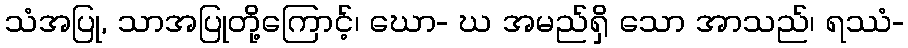
သံအပြု, သာအပြုတို့ကြောင့်၊ ဃော- ဃ အမည်ရှိ သော အာသည်၊ ရဿံ-